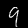
Label: 9